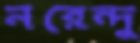
নরেন্দু